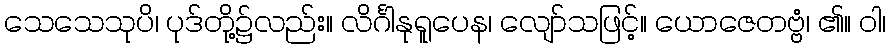
သေသေသုပိ၊ ပုဒ်တို့၌လည်း။ လိင်္ဂါနုရူပေန၊ လျော်သဖြင့်။ ယောဇေတဗ္ဗံ၊ ၏။ ဝါ၊